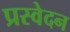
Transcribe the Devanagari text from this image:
प्रस्वेदन